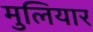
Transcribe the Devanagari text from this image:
मुलियार